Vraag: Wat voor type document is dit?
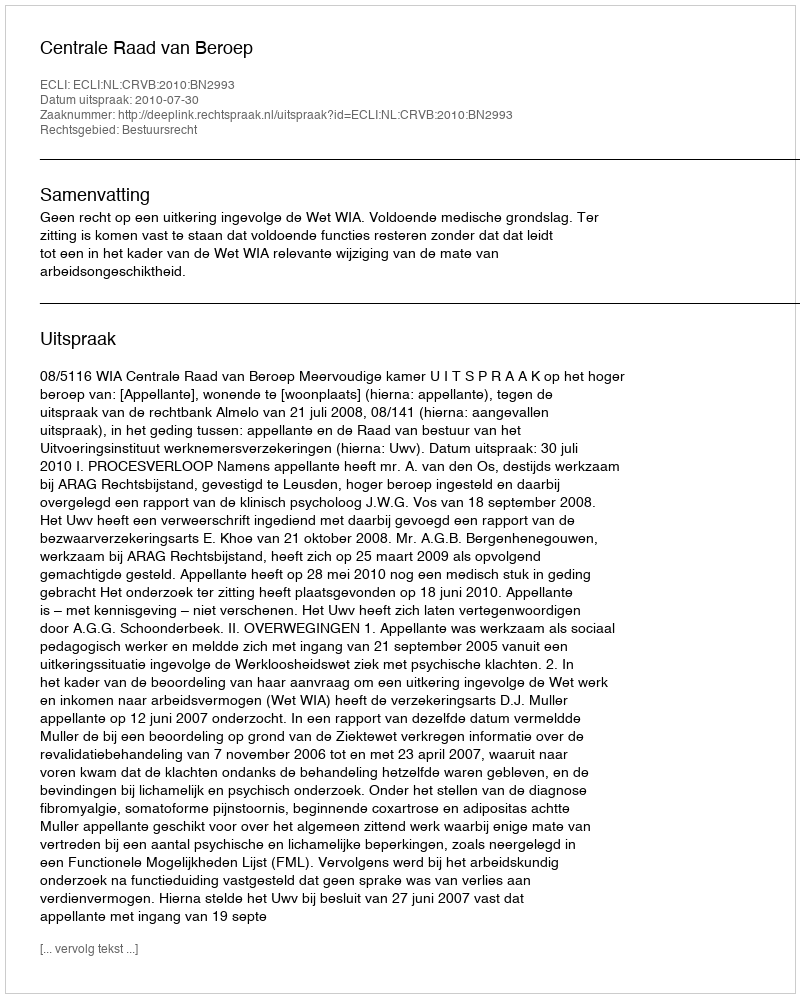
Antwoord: Uitspraak